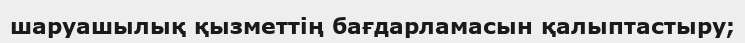
шаруашылық қызметтің бағдарламасын қалыптастыру;